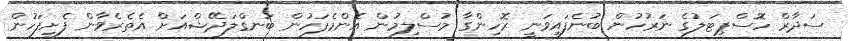
ސަދާރް ހޮސްޕިޓަލުގެ ނަރުހުން ބުނެފައިވަނީ ރޮހިންގާ މުސްލިމުން އެންމެފަހުން ބަނގްލަދޭޝްއަށް އެތެރެވާން ފެށިފަހުން